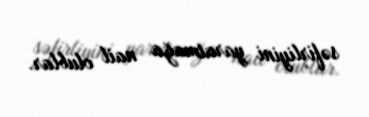
səfirliyini yaratmağa nail olublar.